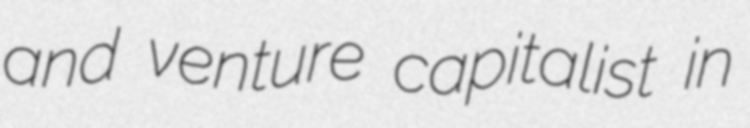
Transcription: and venture capitalist in